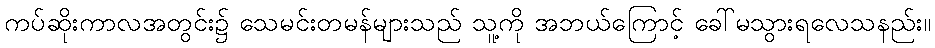
ကပ်ဆိုးကာလအတွင်း၌ သေမင်းတမန်များသည် သူ့ကို အဘယ်ကြောင့် ခေါ်မသွားရလေသနည်း။